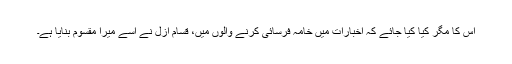
اس کا مگر کیا کیا جائے کہ اخبارات میں خامہ فرسائی کرنے والوں میں، قسامِ ازل نے اِسے میرا مقسوم بنایا ہے۔